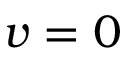
v = 0